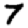
Digit: 7